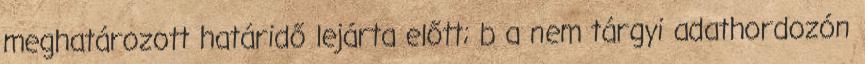
meghatározott határidő lejárta előtt; b a nem tárgyi adathordozón